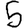
Digit: 5